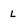
Character: l